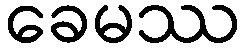
ခေမဿ